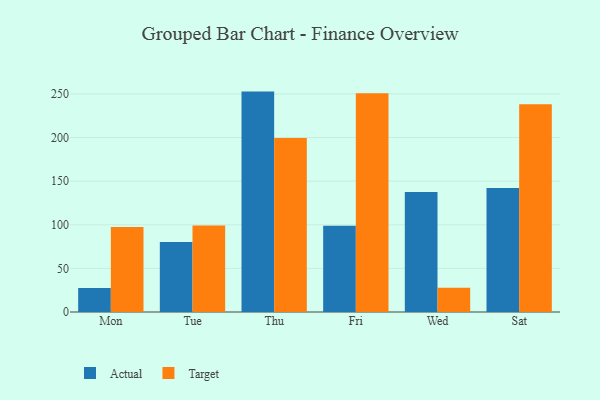
{"axis": {"x": "Day", "y": "Net Income (USD K)"}, "legend": ["Actual", "Target"], "data": [{"x": "Mon", "y": 27.5, "type": "Actual"}, {"x": "Mon", "y": 97.4, "type": "Target"}, {"x": "Tue", "y": 80.3, "type": "Actual"}, {"x": "Tue", "y": 99.3, "type": "Target"}, {"x": "Thu", "y": 252.7, "type": "Actual"}, {"x": "Thu", "y": 199.6, "type": "Target"}, {"x": "Fri", "y": 98.9, "type": "Actual"}, {"x": "Fri", "y": 250.9, "type": "Target"}, {"x": "Wed", "y": 137.7, "type": "Actual"}, {"x": "Wed", "y": 27.9, "type": "Target"}, {"x": "Sat", "y": 142.3, "type": "Actual"}, {"x": "Sat", "y": 238.1, "type": "Target"}]}